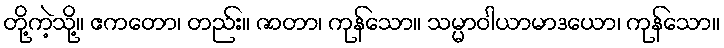
တို့ကဲ့သို့။ ဧကတော၊ တည်း။ ဇာတာ၊ ကုန်သော။ သမ္မာဝါယာမာဒယော၊ ကုန်သော။